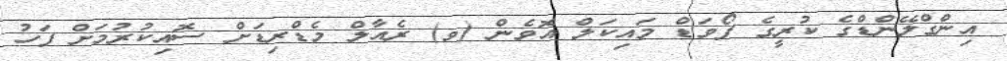
އިންގްލޭންޑްގެ ކުރީގެ ފޯވަޑް މައިކަލް އޮވެން (ވ) ރެއާލް މެޑްރިޑަށް ސޮއިކުރުމަށް ފަހު